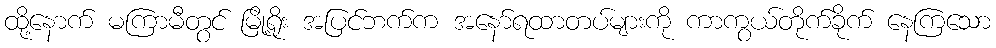
ထို့နောက် မကြာမီတွင် မြို့ရိုး အပြင်ဘက်က အနော်ရထာတပ်များကို ကာကွယ်တိုက်ခိုက် နေကြသော